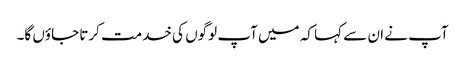
آپ نے ان سے کہا کہ میں آپ لوگوں کی خدمت کرتا جاؤں گا۔